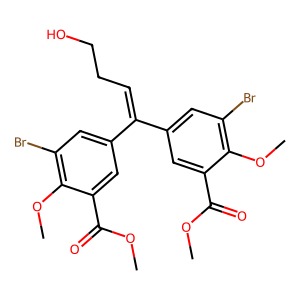
SMILES: COC(=O)c1cc(C(=CCCO)c2cc(Br)c(OC)c(C(=O)OC)c2)cc(Br)c1OC
Inhibits HIV replication: No